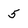
Character: 5